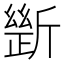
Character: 𣂾